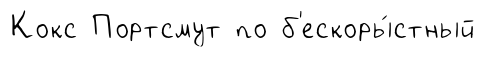
Кокс Портсмут по б'ескоры́стный